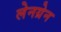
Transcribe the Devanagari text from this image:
लेनग्रेन